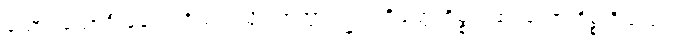
ထောင်သောဦးခေါင်း ရှိသကဲ့သို့။ ဟုတွာ၊ ၍။ ပရိဗျတ္တကိစ္စာ၊ ထင်သောကိစ္စ ရှိသည်။